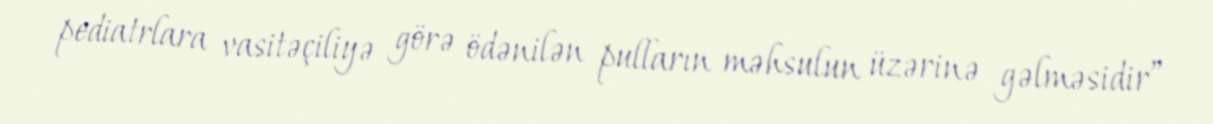
pediatrlara vasitəçiliyə görə ödənilən pulların məhsulun üzərinə gəlməsidir”